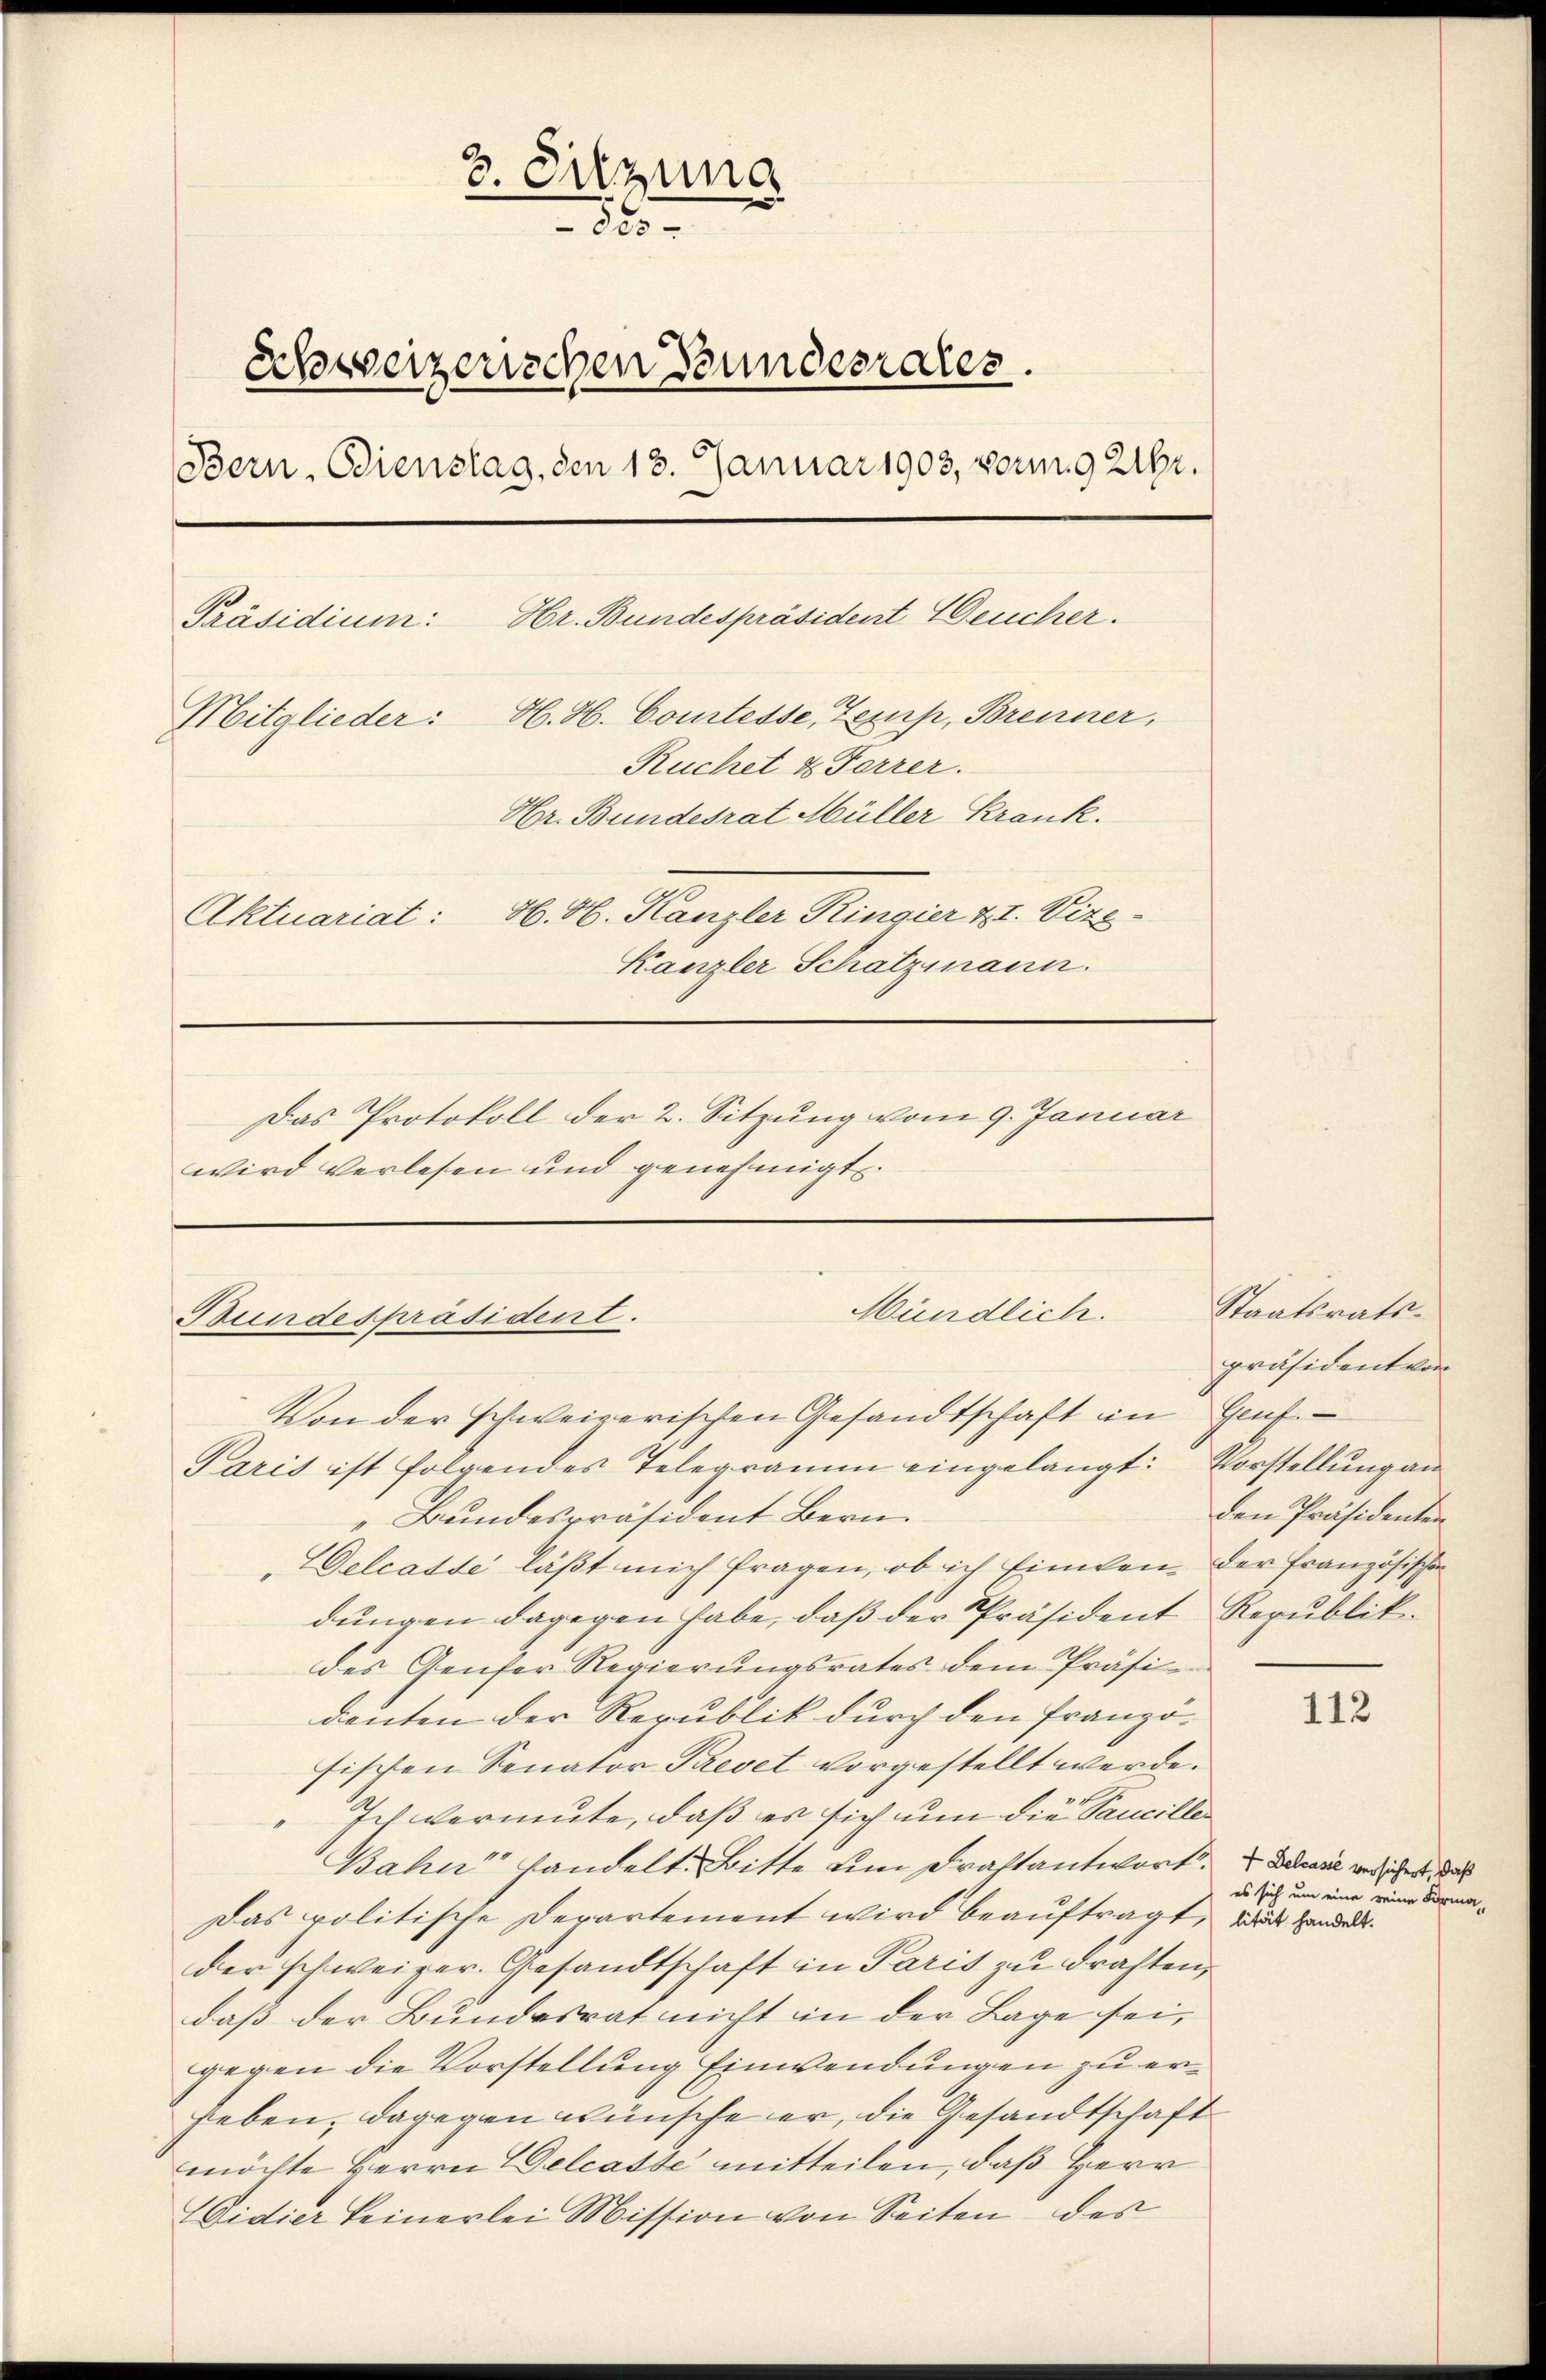
3. Sitzung
g
825 x
schweizerischen Bundesrates.
Bern. Dienstag, den 13. Januar 1903, vorm. 9 216.
Hr. Bundespräsident Deucher.
Präsidium:
Mitglieder: H. H. Comtesse, Zemp, Brenner,
Ruchet & Forrer.
Hr. Bundesrat Müller Krank.
Aktuariat: H. H. Kanzler Ringier & 1. Vize¬
Kanzler Schatzmann.
Das Protokoll der 2. Sitzung vom 9. Januar
wird verlesen und genehmigt.

Mündlich.
Bundespräsident.
Von der schweizerischen Gesandtschaft im Genf
Paris ist folgendes Telegramm eingelangt: Vorstellung an

Bundespräsident Bern.
Delcasse läßt mich fragen, ob ich Einken, der Französischen
dungen dagegen habe, daß der Präsident Republik
des Genfer Regierungsrates dem Präsi-
dienten der Republik durch den Französischen Senator Prevet vorgestellt werde.
Ich vermute, daß es sich um die Taucille¬
Bahn handelt. Bitte um Drastantwort. Die weiches, das
Das politische Derartement wird beauftragt, wie Handelt.
der schweizer. Gesandtschaft in Paris zu drahten,
daß der Bundesrat nicht in der Lage sei,
gegen die Vorstellung Einwendungen zu erheben, dagegen wünsche er, die Gesandtschaft
möchte Herrn Delcasse mitteilen, daß Herr
idier keinerlei Mission von Seiten des

Staatsrats.
präsident von
den Präsidenten

112

es sich um eine reine Forma-